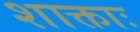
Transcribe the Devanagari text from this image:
शाक्ताः